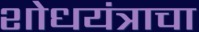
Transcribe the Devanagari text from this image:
शोधयंत्राचा